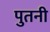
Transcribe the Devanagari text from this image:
पुतनी